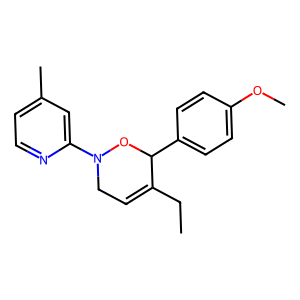
SMILES: CCC1=CCN(c2cc(C)ccn2)OC1c1ccc(OC)cc1
Inhibits HIV replication: No